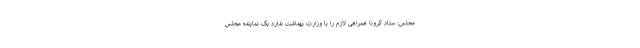
مجلس: ستاد کرونا همراهی لازم را با وزارت بهداشت ندارد یک نماینده مجلس